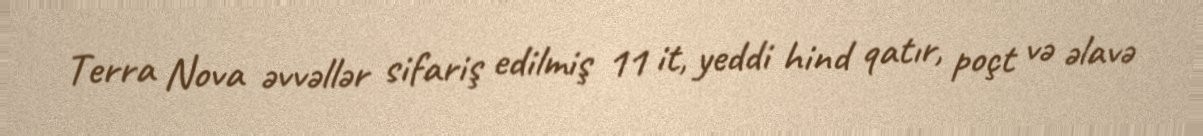
Terra Nova əvvəllər sifariş edilmiş 11 it, yeddi hind qatır, poçt və əlavə